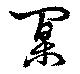
闑